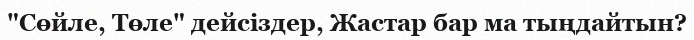
"Сөйле, Төле" дейсіздер, Жастар бар ма тыңдайтын?